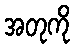
အတုကို